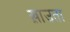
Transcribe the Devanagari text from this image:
ख़ाउता